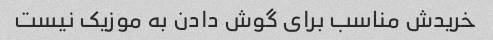
خریدش مناسب برای گوش دادن به موزیک نیست